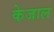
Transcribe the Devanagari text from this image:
केजाल